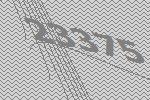
23375